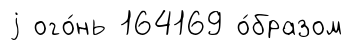
j ого́нь 164169 о́бразом